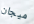
ميجان